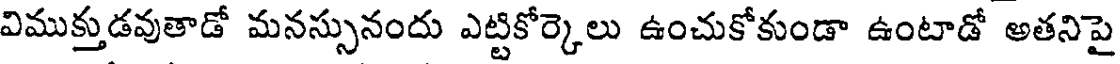
విముక్తుడవుతాడో మనస్సునందు ఎట్టికోర్కెలు ఉంచుకోకుండా ఉంటాడో అతనిపై